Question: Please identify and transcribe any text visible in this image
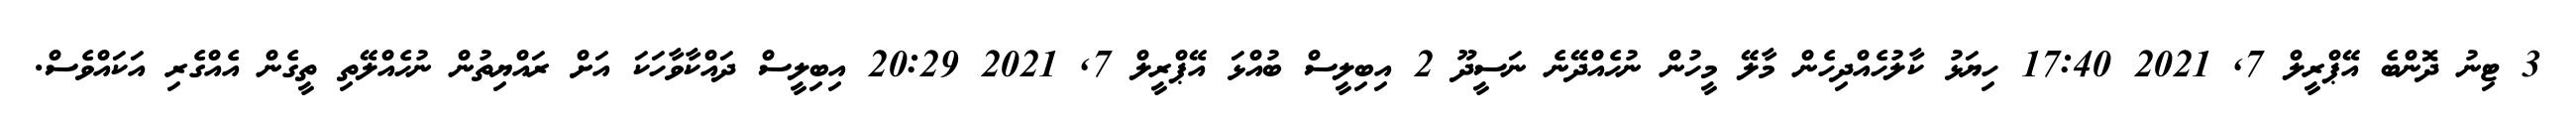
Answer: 3 ޓިނު ދޮންބެ އޭޕްރީލް 7, 2021 17:40 ހިޔަޅު ކާލުހެއްދިހެން މާލޭ މީހުން ނުހެއްދޭނެ ނަސީދޫ 2 އިބިލީސް ބުއްޅަ އޭޕްރީލް 7, 2021 20:29 އިބިލީސް ދައްކާވާހަކަ އަށް ރައްޔިތުން ނުހެއްލޭތި ތީގެން އެއްގެރި އަކައްވެސް.